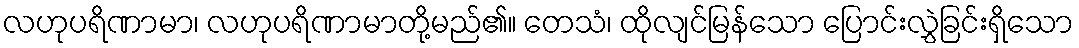
လဟုပရိဏာမာ၊ လဟုပရိဏာမာတို့မည်၏။ တေသံ၊ ထိုလျင်မြန်သော ပြောင်းလွှဲခြင်းရှိသော